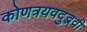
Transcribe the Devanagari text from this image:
कोणत्रयवदुद्भवी